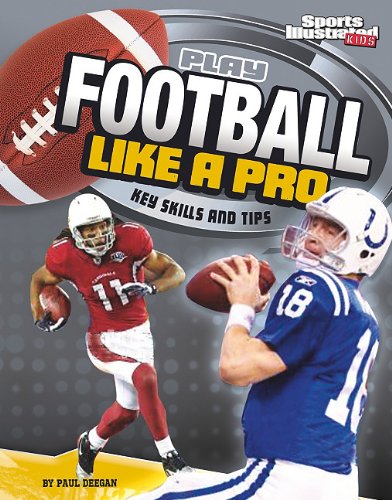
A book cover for Play Football Like a Pro: Key Skills and Tips (Play Like the Pros (Sports Illustrated for Kids)); Matt Doeden; Children's Books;